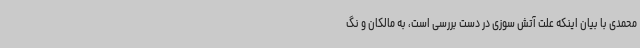
محمدی با بیان اینکه علت آتش سوزی در دست بررسی است، به مالکان و نگ